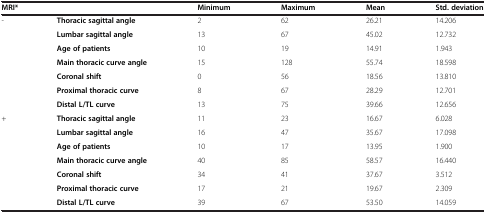
<table><thead><tr><td colspan="2"><b>MRI*</b></td><td><b>Minimum</b></td><td><b>Maximum</b></td><td><b>Mean</b></td><td><b>Std. deviation</b></td></tr></thead><tbody><tr><td rowspan="7">-</td><td><b>Thoracic sagittal angle</b></td><td>2</td><td>62</td><td>26.21</td><td>14.206</td></tr><tr><td><b>Lumbar sagittal angle</b></td><td>13</td><td>67</td><td>45.02</td><td>12.732</td></tr><tr><td><b>Age of patients</b></td><td>10</td><td>19</td><td>14.91</td><td>1.943</td></tr><tr><td><b>Main thoracic curve angle</b></td><td>15</td><td>128</td><td>55.74</td><td>18.598</td></tr><tr><td><b>Coronal shift</b></td><td>0</td><td>56</td><td>18.56</td><td>13.810</td></tr><tr><td><b>Proximal thoracic curve</b></td><td>8</td><td>67</td><td>28.29</td><td>12.701</td></tr><tr><td><b>Distal L/TL curve</b></td><td>13</td><td>75</td><td>39.66</td><td>12.656</td></tr><tr><td rowspan="7">+</td><td><b>Thoracic sagittal angle</b></td><td>11</td><td>23</td><td>16.67</td><td>6.028</td></tr><tr><td><b>Lumbar sagittal angle</b></td><td>16</td><td>47</td><td>35.67</td><td>17.098</td></tr><tr><td><b>Age of patients</b></td><td>10</td><td>17</td><td>13.95</td><td>1.900</td></tr><tr><td><b>Main thoracic curve angle</b></td><td>40</td><td>85</td><td>58.57</td><td>16.440</td></tr><tr><td><b>Coronal shift</b></td><td>34</td><td>41</td><td>37.67</td><td>3.512</td></tr><tr><td><b>Proximal thoracic curve</b></td><td>17</td><td>21</td><td>19.67</td><td>2.309</td></tr><tr><td><b>Distal L/TL curve</b></td><td>39</td><td>67</td><td>53.50</td><td>14.059</td></tr></tbody></table>